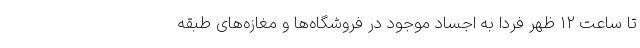
تا ساعت ۱۲ ظهر فردا به اجساد موجود در فروشگاه‌ها و مغازه‌های طبقه